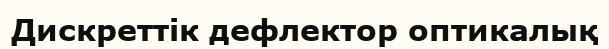
Дискреттік дефлектор оптикалық